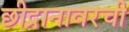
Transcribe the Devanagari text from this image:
छीद्रानावरची